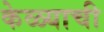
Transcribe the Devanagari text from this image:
केळ्याची